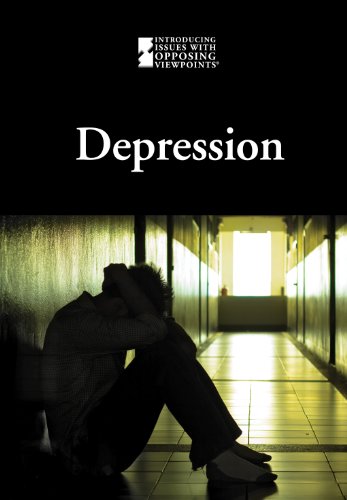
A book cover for Depression (Introducing Issues With Opposing Viewpoints); David M. Haugen; Teen & Young Adult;